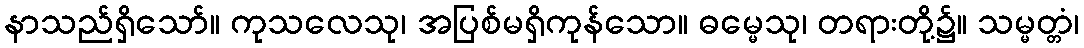
နာသည်ရှိသော်။ ကုသလေသု၊ အပြစ်မရှိကုန်သော။ ဓမ္မေသု၊ တရားတို့၌။ သမ္မတ္တံ၊